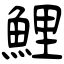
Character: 鯉